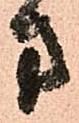
方